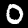
Label: 0